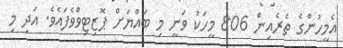
އެމީހުންގެ ތެރެއިން 806 މީހަކު ވަނީ މި ބައްޔަށް ޕޮޒިޓިވްވެފައެވެ. އަދި މި